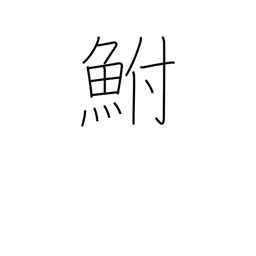
Meaning: carp